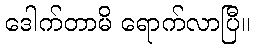
ဒေါက်တာမိ ရောက်လာပြီ။